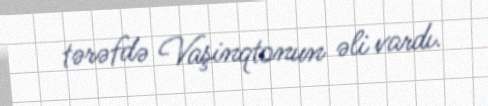
tərəfdə Vaşinqtonun əli vardı.